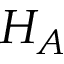
H _ { A }